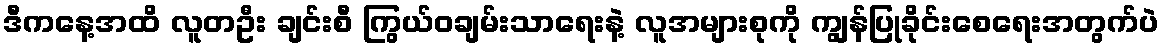
ဒီကနေ့အထိ လူတဦး ချင်းစီ ကြွယ်ဝချမ်းသာရေးနဲ့ လူအများစုကို ကျွန်ပြုခိုင်းစေရေးအတွက်ပဲ